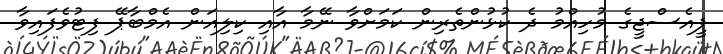
ޕީއެސްޖީގެ މުހިއްމު ދެ ކުޅުންތެރިން ކަމަށްވާ ނޭމާ އާއި ކިލިއަން އެމްބާޕޭ ފިޓުވެފައިވާ